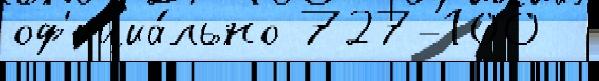
оф'ициа́льно 727-100